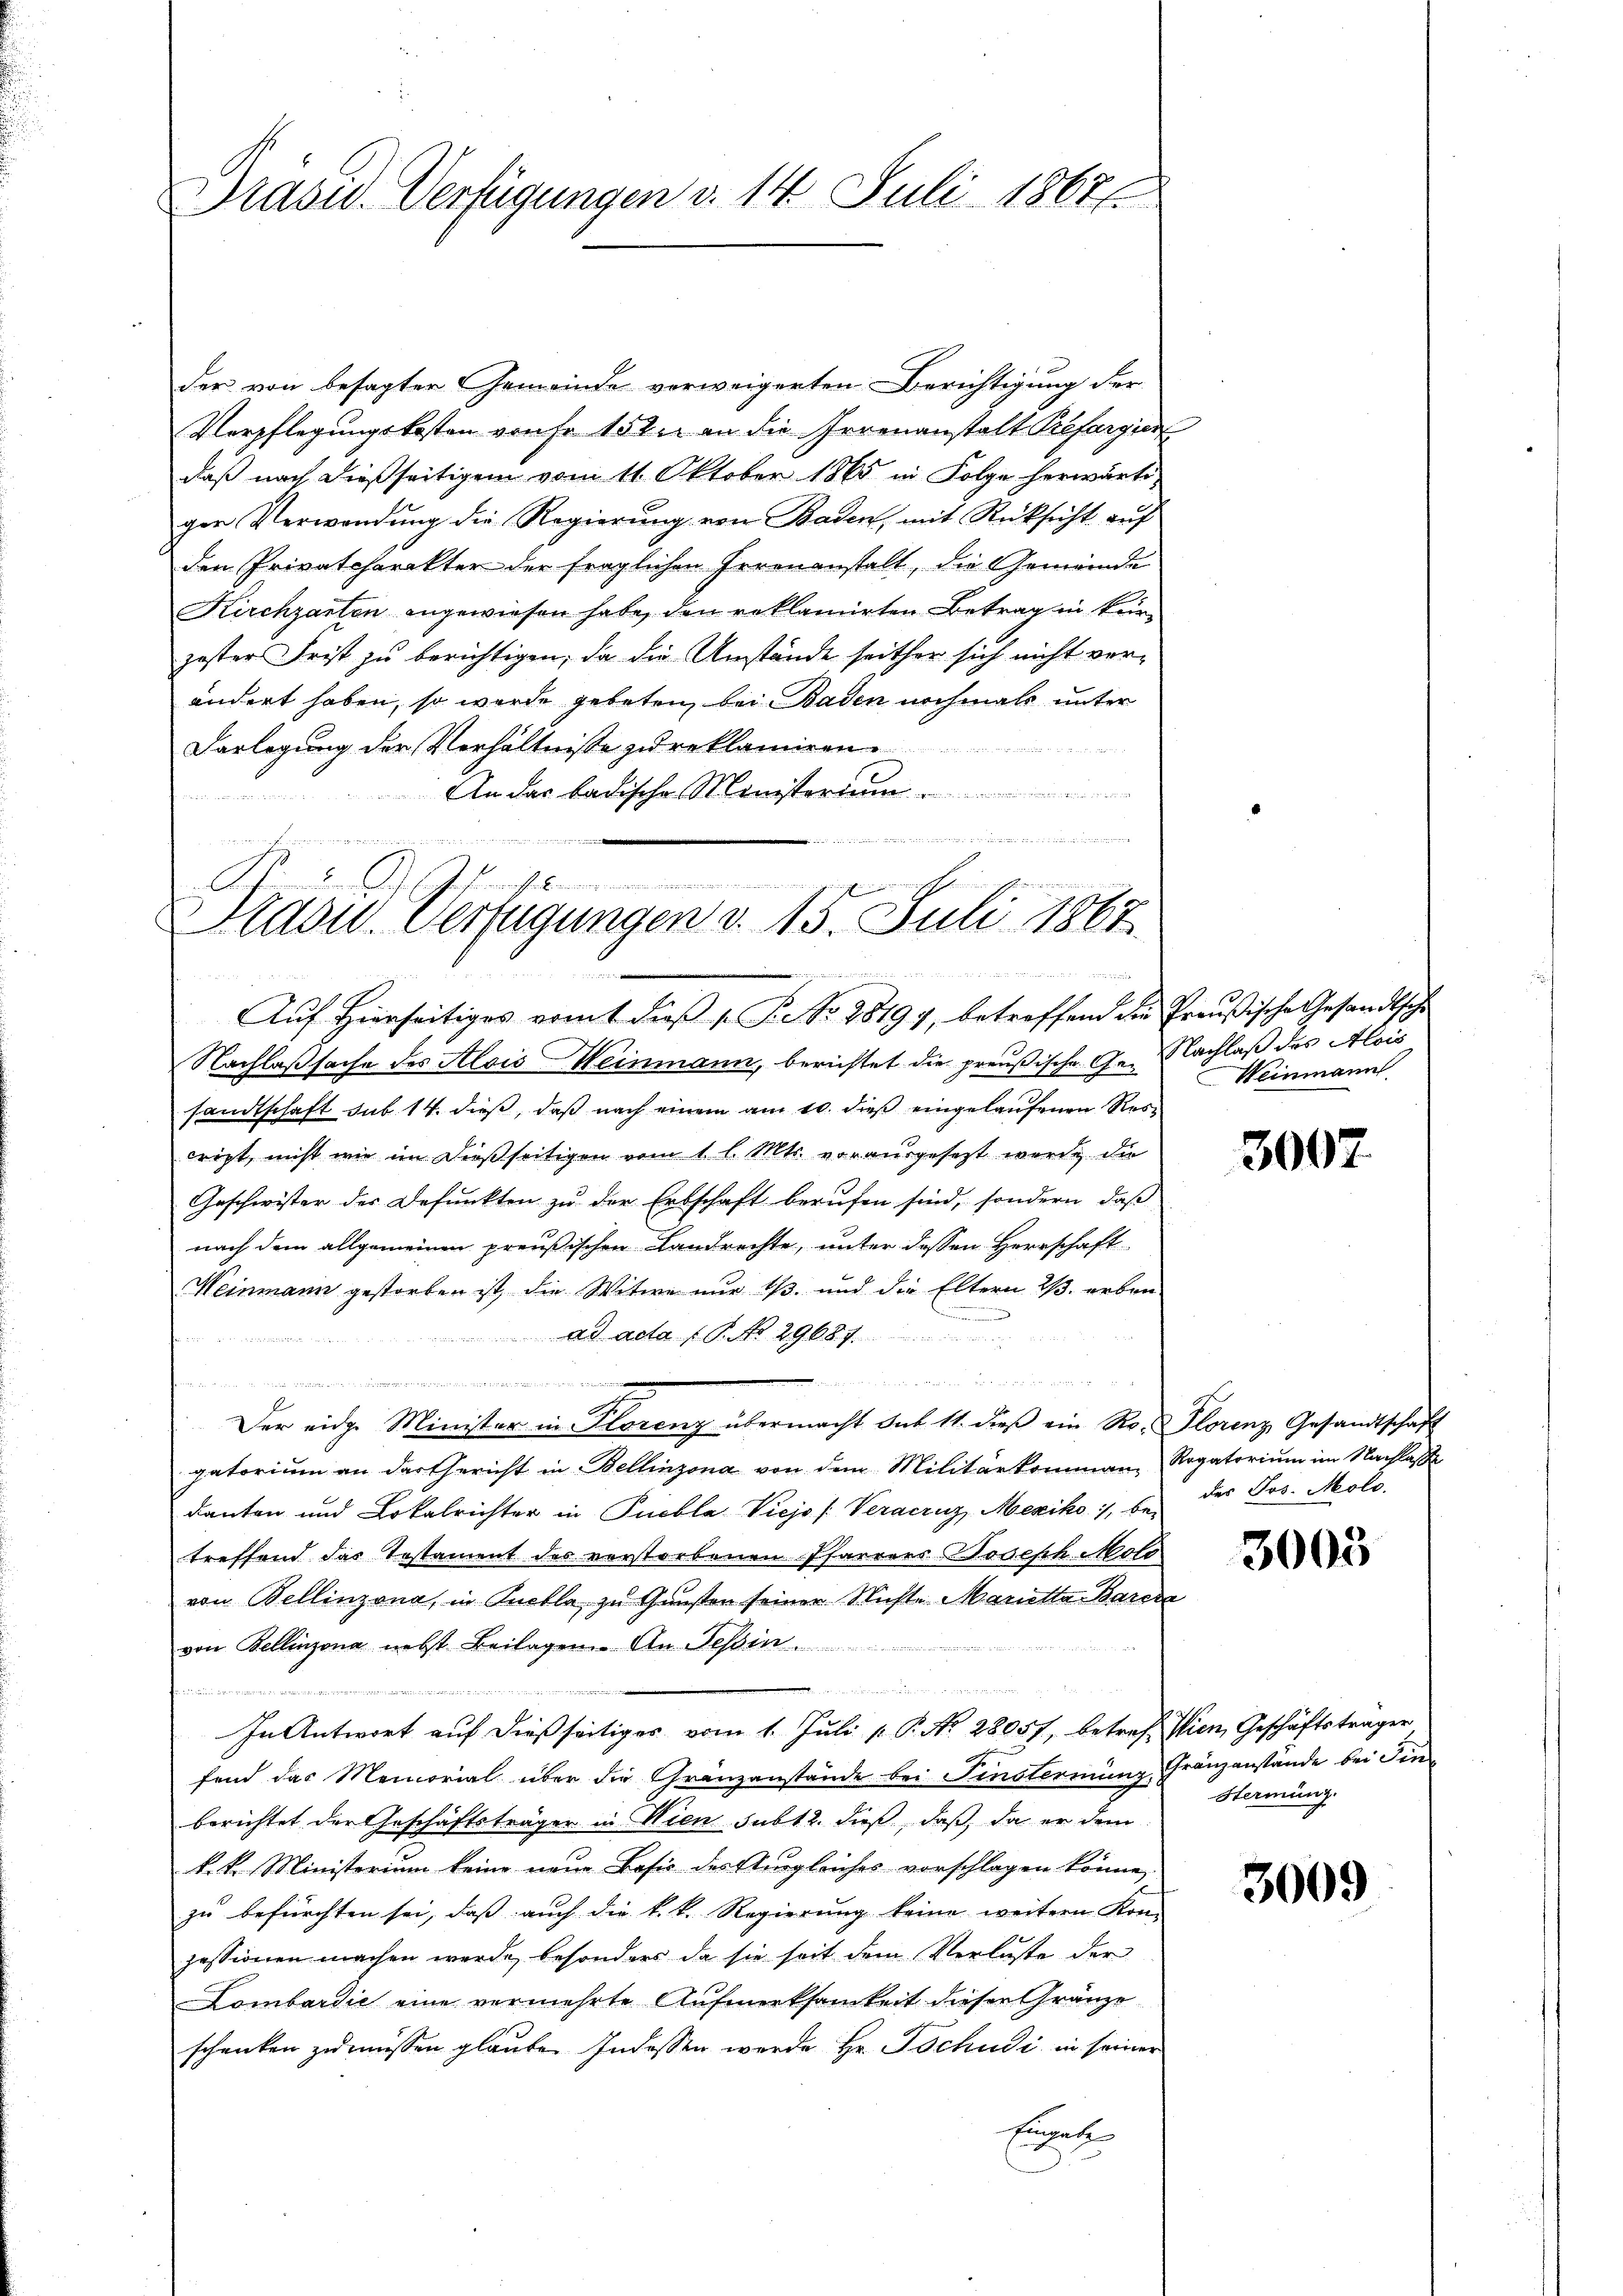
Drasid. Verfügungen v. 14. Juli 18676

der von besagter Gemeinde verweigerten Berichtigung der
Verpflegungskosten verse 15 der an die Irrenanstalt Prefergier
daß nach dießseitigem vom 11. Oktober 1865 in Folge herwärtiger Verwendung die Regierung von Baden, mit Rücksicht auf
den Privatcharakter der fraglichen Irrenanstalt, die Gemeinde
Kirchgarten angewiesen habe, den reklamirten Betrag in kürzoster Frist zu berichtigen, da die Umstände seither sich nicht verändert haben, so wurde gebeten bei Baden nochmals unter
Darlegung der Verhältnisse zu reklamiren.
An das badische Ministerium
  d

gesch
Pradu. Verfügungen d. 15. Juli 1863.

.

Auf Hierseitiges vom 1. dieß s. B. Nr. 28197, betreffend die Preußische Gesandtsche

Nachlaßsache des Alois Weinmann, berichtet die preußische Ge- Nachlaß des Alois
sandtschaft sub 14. dieß, daß nach einem am 10. dieß eingelaufenen Rescript, nicht wie im dießseitigen vom 1. l. Mts. vorausgesetzt werde die
Geschwister der Defunkten zu der Erbschaft berufen sind, sondern, daß
nach dem allgemeinen preußischen Landrechte, unter dessen Herrschaft
Weinmann gestorben ist, die Witwe nur 1/3. und die Eltern 2/3. erben-
m
 ad acta ( P. No. 29687.

de
Der eidge Minister in Florenz übermacht Sub. 11. dieβ ein Ro. Florenz Gesandtschaft
gatorium an der Gericht in Bellinzona von dem Militärkommen, Rogatorium im Nachlasse
danten und Lokalrichter in Pucbla Viejo (Veracruz, Mexiko 1, betreffend das Testament des verstorbenen Pfarrers Joseph Moto
von Bellinzona, in Quella zu Gunsten seiner Nichte Marietta Barcza
von Bellinzona nebst Beilagen. An Tessin.
u
femmen den in
In Antwort auf dießseitiges vom 1. Juli v. P. No. 28057, betref Wien, Geschäftsträger
fend das Memorial über die Gränzanstände bei Finsternung Gränzanstande bei Fin
berichtet der Geschäftsträger in Wien sub 12. dieß, daß, da er dem
k. k. Ministerium keine neue Basis des Ausgleiches vorschlagen könne.
zu befürchten sei, daß auch die k. k. Regierung keine weitern Kon-
pessionen machen werde, besonders da sie seit dem Verluste der
Lombardić eine vermehrte Aufmerksamkeit diesen Gränze
schenken zu müssen glauben Indessen werde Hr. Tschudi in seiner
Eigent

Weinmann.

3002

des Jos. Molo.

3003

Hterming.

3009